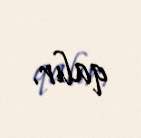
qalır.